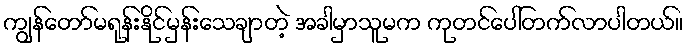
ကျွန်တော်မရုန်းနိုင်မှန်းသေချာတဲ့ အခါမှာသူမက ကုတင်ပေါ်တက်လာပါတယ်။